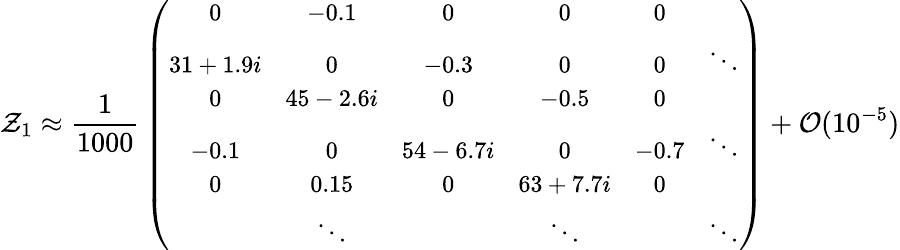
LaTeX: {\cal Z}_{1}\approx{\frac{1}{1000}}\left({\small\begin{array}{cccccc}{{0}}&{{-0.1}}&{{0}}&{{0}}&{{0}}&{{}}\\ {{31+1.9i}}&{{0}}&{{-0.3}}&{{0}}&{{0}}&{{\ddots}}\\ {{0}}&{{45-2.6i}}&{{0}}&{{-0.5}}&{{0}}&{{}}\\ {{-0.1}}&{{0}}&{{54-6.7i}}&{{0}}&{{-0.7}}&{{\ddots}}\\ {{0}}&{{0.15}}&{{0}}&{{63+7.7i}}&{{0}}&{{}}\\ {{}}&{{\ddots}}&{{}}&{{\ddots}}&{{}}&{{\ddots}}\end{array}}\right)+{\cal O}(10^{-5})